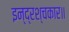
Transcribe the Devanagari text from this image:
इन्द्रश्चकार॥